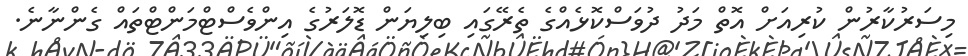
މިސަރުކާރުން ކުރިއަށް އޮތް މަދު ދުވަސްކޮޅެއްގެ ތެރޭގައި ބިލިޔަން ޑޮލަރުގެ އިންވެސްޓްމަންޓްތައް ގެންނާނެ.